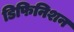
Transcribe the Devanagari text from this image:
डिफिनिशन